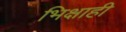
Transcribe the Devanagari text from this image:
भिक्षाही